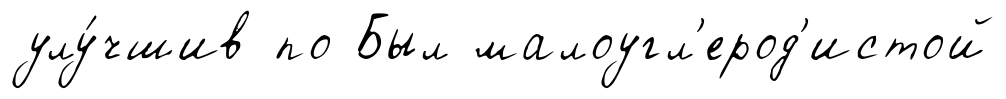
улу́чшив по Был малоугл'ерод'истой